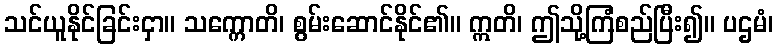
သင်ယူနိုင်ခြင်းငှာ။ သက္ကောတိ၊ စွမ်းဆောင်နိုင်၏။ ဣတိ၊ ဤသို့ကြံစည်ပြီး၍။ ပဌမံ၊